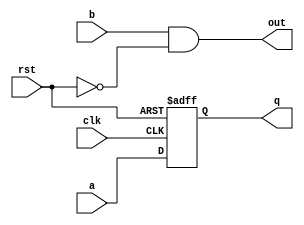
/////////////////////////////////////////
//  Functionality: A register driven by a combinational logic with reset signal
////////////////////////////////////////
`timescale 1ns / 1ps

module rst_on_lut(a, b, q, out, clk, rst);

input wire rst;
input wire clk;
input wire a;
input wire b;
output reg q;
output wire out;

always @(posedge rst or posedge clk) begin
  if (rst) begin
    q <= 0;
  end else begin
    q <= a;
  end
end

assign out = b & ~rst;

endmodule